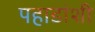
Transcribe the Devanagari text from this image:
पहाडांशी